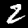
Label: 2